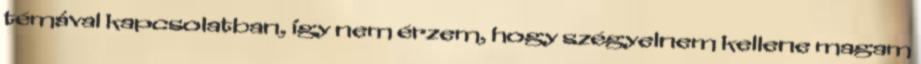
témával kapcsolatban, így nem érzem, hogy szégyelnem kellene magam